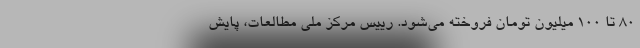
۸۰ تا ۱۰۰ میلیون تومان فروخته می‌شود. رییس مرکز ملی مطالعات، پایش